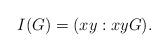
LaTeX: \begin{align*}I(G) = (xy: xy G).\end{align*}